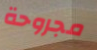
مجروحة